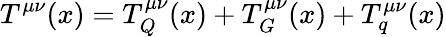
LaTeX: T^{\mu\nu}(x)=T_{Q}^{\mu\nu}(x)+T_{G}^{\mu\nu}(x)+T_{q}^{\mu\nu}(x)